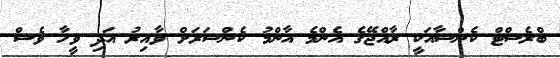
ބްރެސްޓް ކެންސާއަކީ ރާއްޖޭގެ އެންމެ އާންމު ކެންސަރަށް ވާއިރު އަދި ވީހާ ވެސް